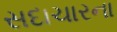
સદાચારના